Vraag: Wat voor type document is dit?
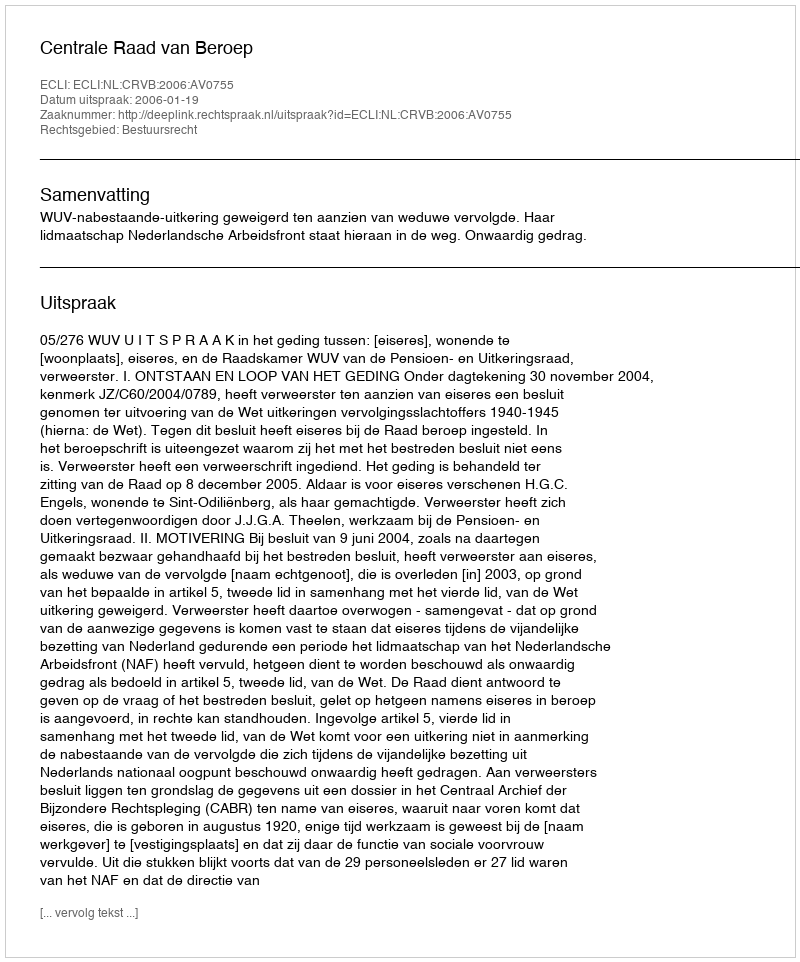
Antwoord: Uitspraak